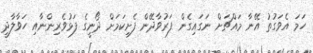
ހަމަ އެވަގުތު އޭނާ މައްޗަށް ނަގައިގެން ފަރުވާދޭން ފެށިކަމަށް ދޯނީގެ ފަޅުވެރިންނާއި ހަވާލާދީ